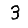
Digit: 3